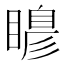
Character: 𭿙